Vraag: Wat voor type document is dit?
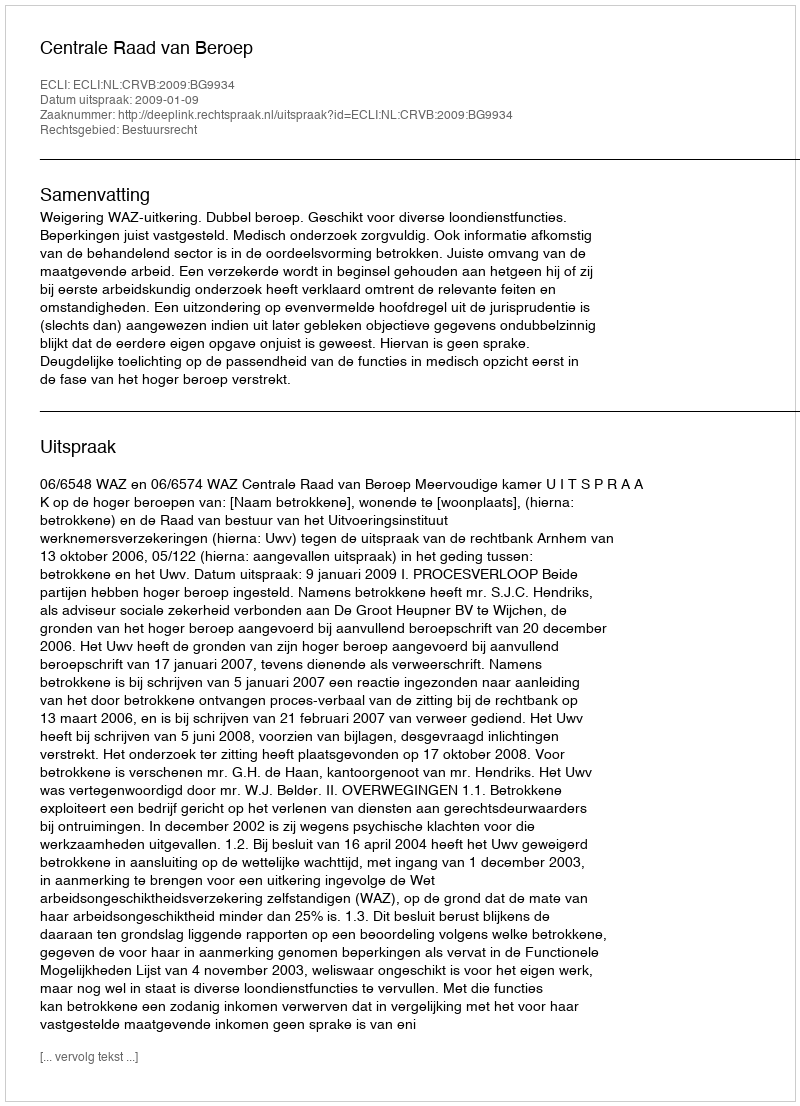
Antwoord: Uitspraak